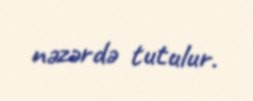
nəzərdə tutulur.